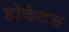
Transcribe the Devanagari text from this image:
होकेटस